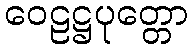
ဝေဠဋ္ဌပုတ္တော